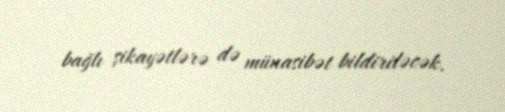
bağlı şikayətlərə də münasibət bildiriləcək.